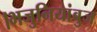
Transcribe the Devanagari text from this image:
।भजुनियांबुज